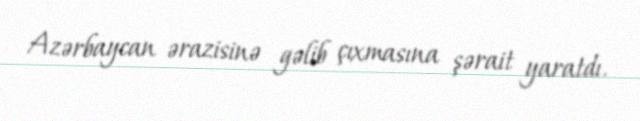
Azərbaycan ərazisinə gəlib çıxmasına şərait yaratdı.